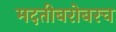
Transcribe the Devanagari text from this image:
मदतीबरोबरच